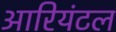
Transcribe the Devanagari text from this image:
आरियंटल